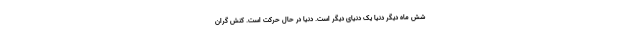
شش ماه دیگر دنیا یک دنیای دیگر است. دنیا در حال حرکت است. کنش گران